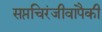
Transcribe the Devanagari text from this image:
सप्तचिरंजीवांपैकी